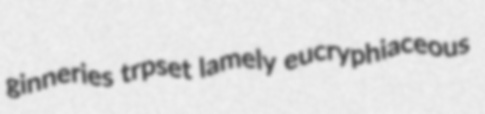
ginneries trpset lamely eucryphiaceous